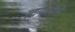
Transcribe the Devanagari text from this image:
रचनाशक्ति